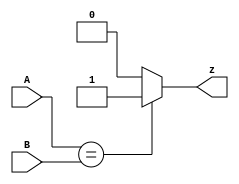
module top_module (
    input wire [1:0] A,
    input wire [1:0] B,
    output wire z
);
    // Comparison logic: z is 1 if A equals B, otherwise 0
    assign z = (A == B) ? 1'b1 : 1'b0;
endmodule